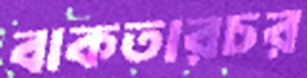
বাকতারচর